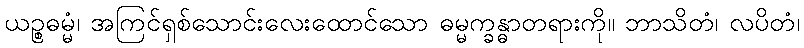
ယဉ္စဓမ္မံ၊ အကြင်ရှစ်သောင်းလေးထောင်သော ဓမ္မက္ခန္ဓာတရားကို။ ဘာသိတံ၊ လပိတံ၊